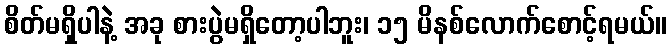
စိတ်မရှိပါနဲ့ အခု စားပွဲမရှိတော့ပါဘူး၊ ၁၅ မိနစ်လောက်စောင့်ရမယ်။